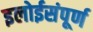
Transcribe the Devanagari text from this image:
इलोईसंपूर्ण